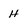
Character: H